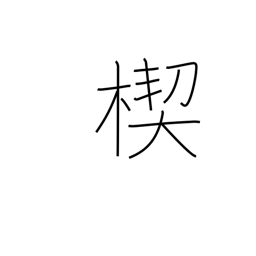
Meaning: wedge